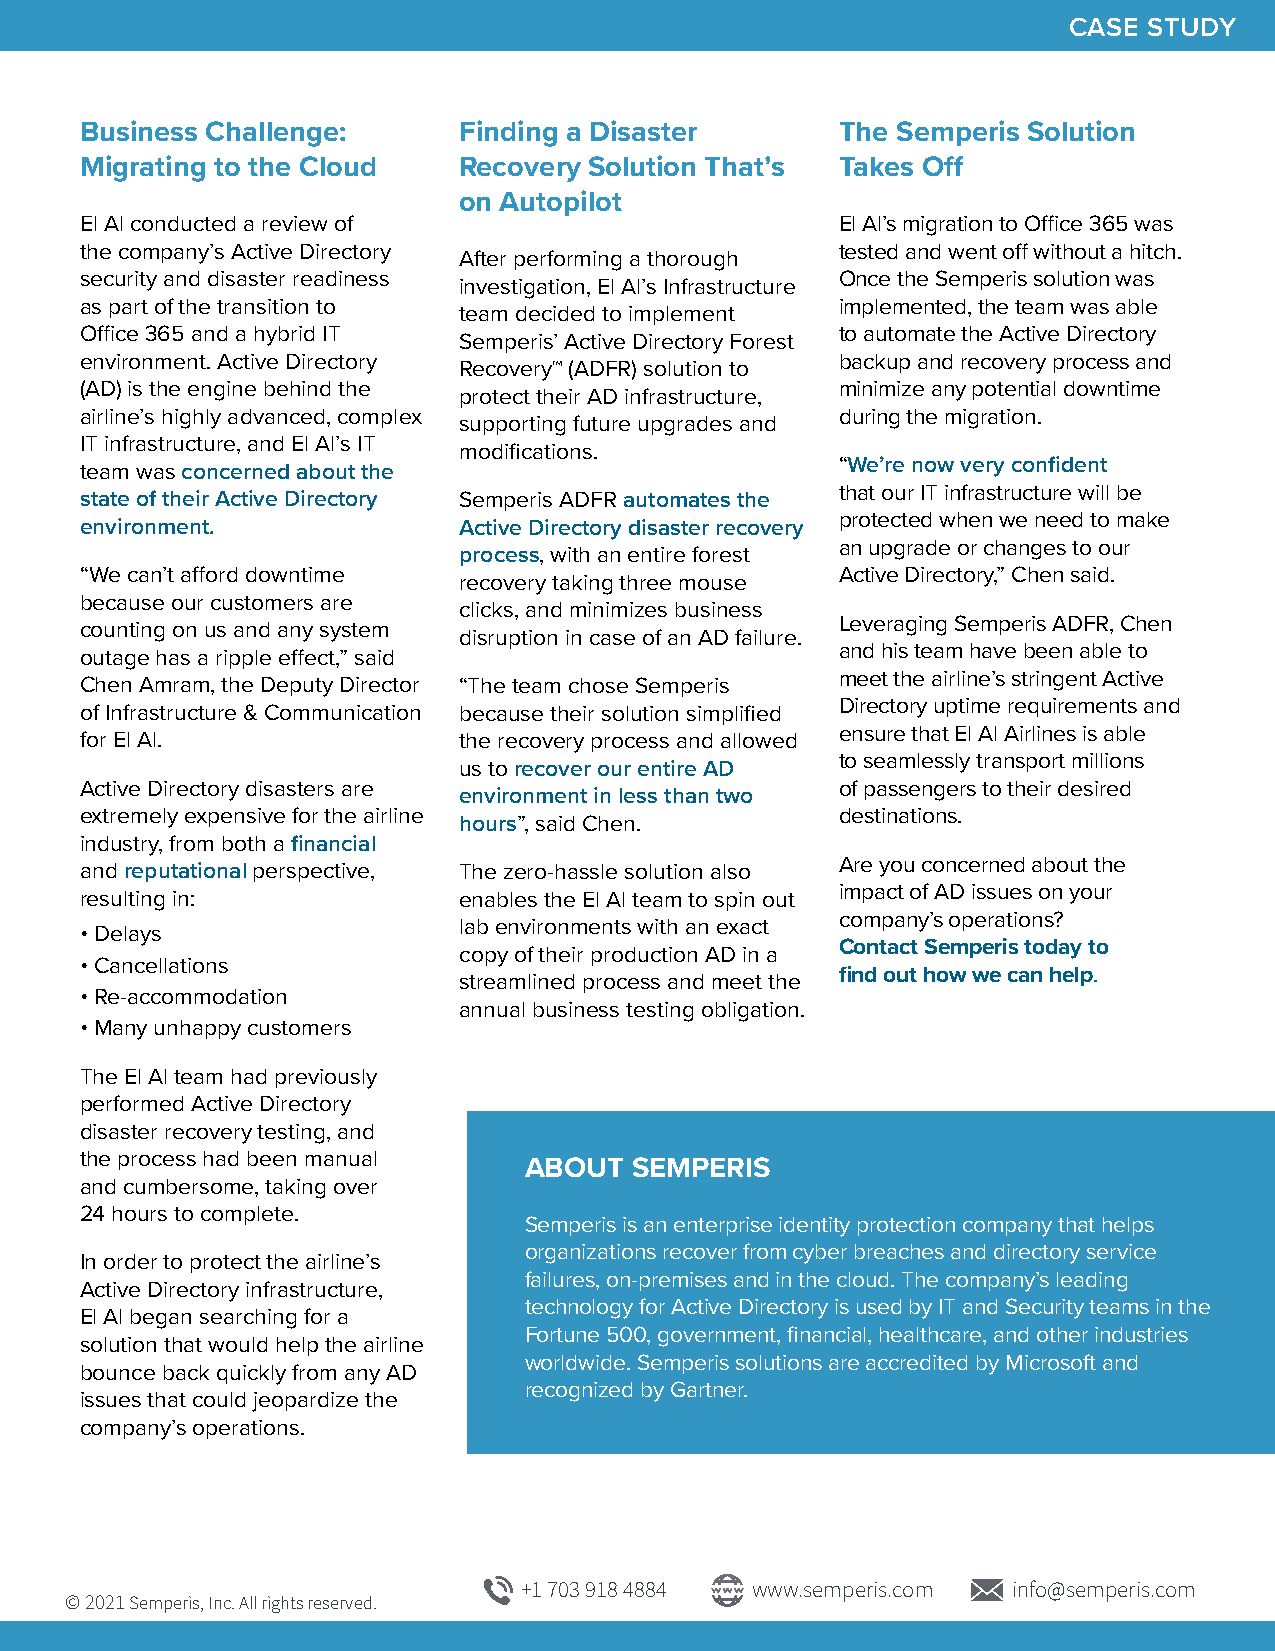
CASE STUDY
 Business Challenge:      Finding a Disaster        The Semperis Solution
 Migrating to the Cloud   Recovery Solution That’s  Takes Off
 on Autopilot
 El Al conducted a review of                        El Al’s migration to Office 365 was
 the company’s Active Directory                     tested and went off without a hitch.
 After performing a thorough
 security and disaster readiness                    Once the Semperis solution was
 investigation, El Al’s Infrastructure
 as part of the transition to                       implemented, the team was able
 team decided to implement
 Office 365 and a hybrid IT                         to automate the Active Directory
 Semperis’ Active Directory Forest
 environment. Active Directory                      backup and recovery process and
 Recovery™ (ADFR) solution to
 (AD) is the engine behind the                      minimize any potential downtime
 protect their AD infrastructure,
 airline’s highly advanced, complex                 during the migration.
 supporting future upgrades and
 IT infrastructure, and El Al’s IT
 modifications.
 team was concerned about the                       “We’re now very confident
 that our IT infrastructure will be
 state of their Active Directory Semperis ADFR automates the
 protected when we need to make
 environment.             Active Directory disaster recovery
 an upgrade or changes to our
 process, with an entire forest
 “We can’t afford downtime                          Active Directory,” Chen said.
 recovery taking three mouse
 because our customers are
 clicks, and minimizes business
 Leveraging Semperis ADFR, Chen
 counting on us and any system
 disruption in case of an AD failure.
 and his team have been able to
 outage has a ripple effect,” said
 meet the airline’s stringent Active
 Chen Amram, the Deputy Director “The team chose Semperis
 Directory uptime requirements and
 of Infrastructure & Communication because their solution simplified
 ensure that El Al Airlines is able
 for El Al.               the recovery process and allowed
 to seamlessly transport millions
 us to recover our entire AD
 Active Directory disasters are                     of passengers to their desired
 environment in less than two
 extremely expensive for the airline                destinations.
 hours”, said Chen.
 industry, from both a financial
 Are you concerned about the
 and reputational perspective, The zero-hassle solution also
 impact of AD issues on your
 resulting in:            enables the El Al team to spin out
 company’s operations?
 •Delays                  lab environments with an exact
 Contact Semperis today to
 copy of their production AD in a
 •Cancellations
 find out how we can help.
 streamlined process and meet the
 •Re-accommodation
 annual business testing obligation.
 •Many unhappy customers
 The El Al team had previously
 performed Active Directory
 disaster recovery testing, and
 the process had been manual
 ABOUT  SEMPERIS
 and cumbersome, taking over
 24 hours to complete.
 Semperis is an enterprise identity protection company that helps
 organizations recover from cyber breaches and directory service
 In order to protect the airline’s
 failures, on-premises and in the cloud. The company’s leading
 Active Directory infrastructure,
 technology for Active Directory is used by IT and Security teams in the
 El Al began searching for a
 Fortune 500, government, financial, healthcare, and other industries
 solution that would help the airline
 worldwide. Semperis solutions are accredited by Microsoft and
 bounce back quickly from any AD
 recognized by Gartner.
 issues that could jeopardize the
 company’s operations.
 +1 703 918 4884 www.semperis.com info@semperis.com
 © 2021 Semperis, Inc. All rights reserved.